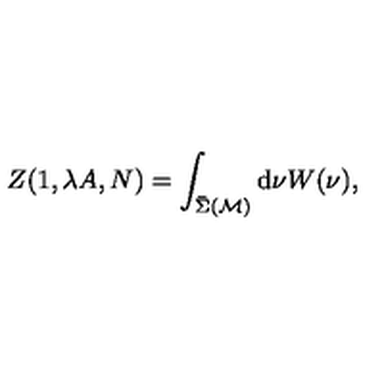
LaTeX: Z ( 1 , \lambda A , N ) = \int _ { \bar { \Sigma } ( { \cal M } ) } \mathrm { d } \nu W ( \nu ) ,